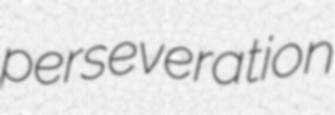
perseveration